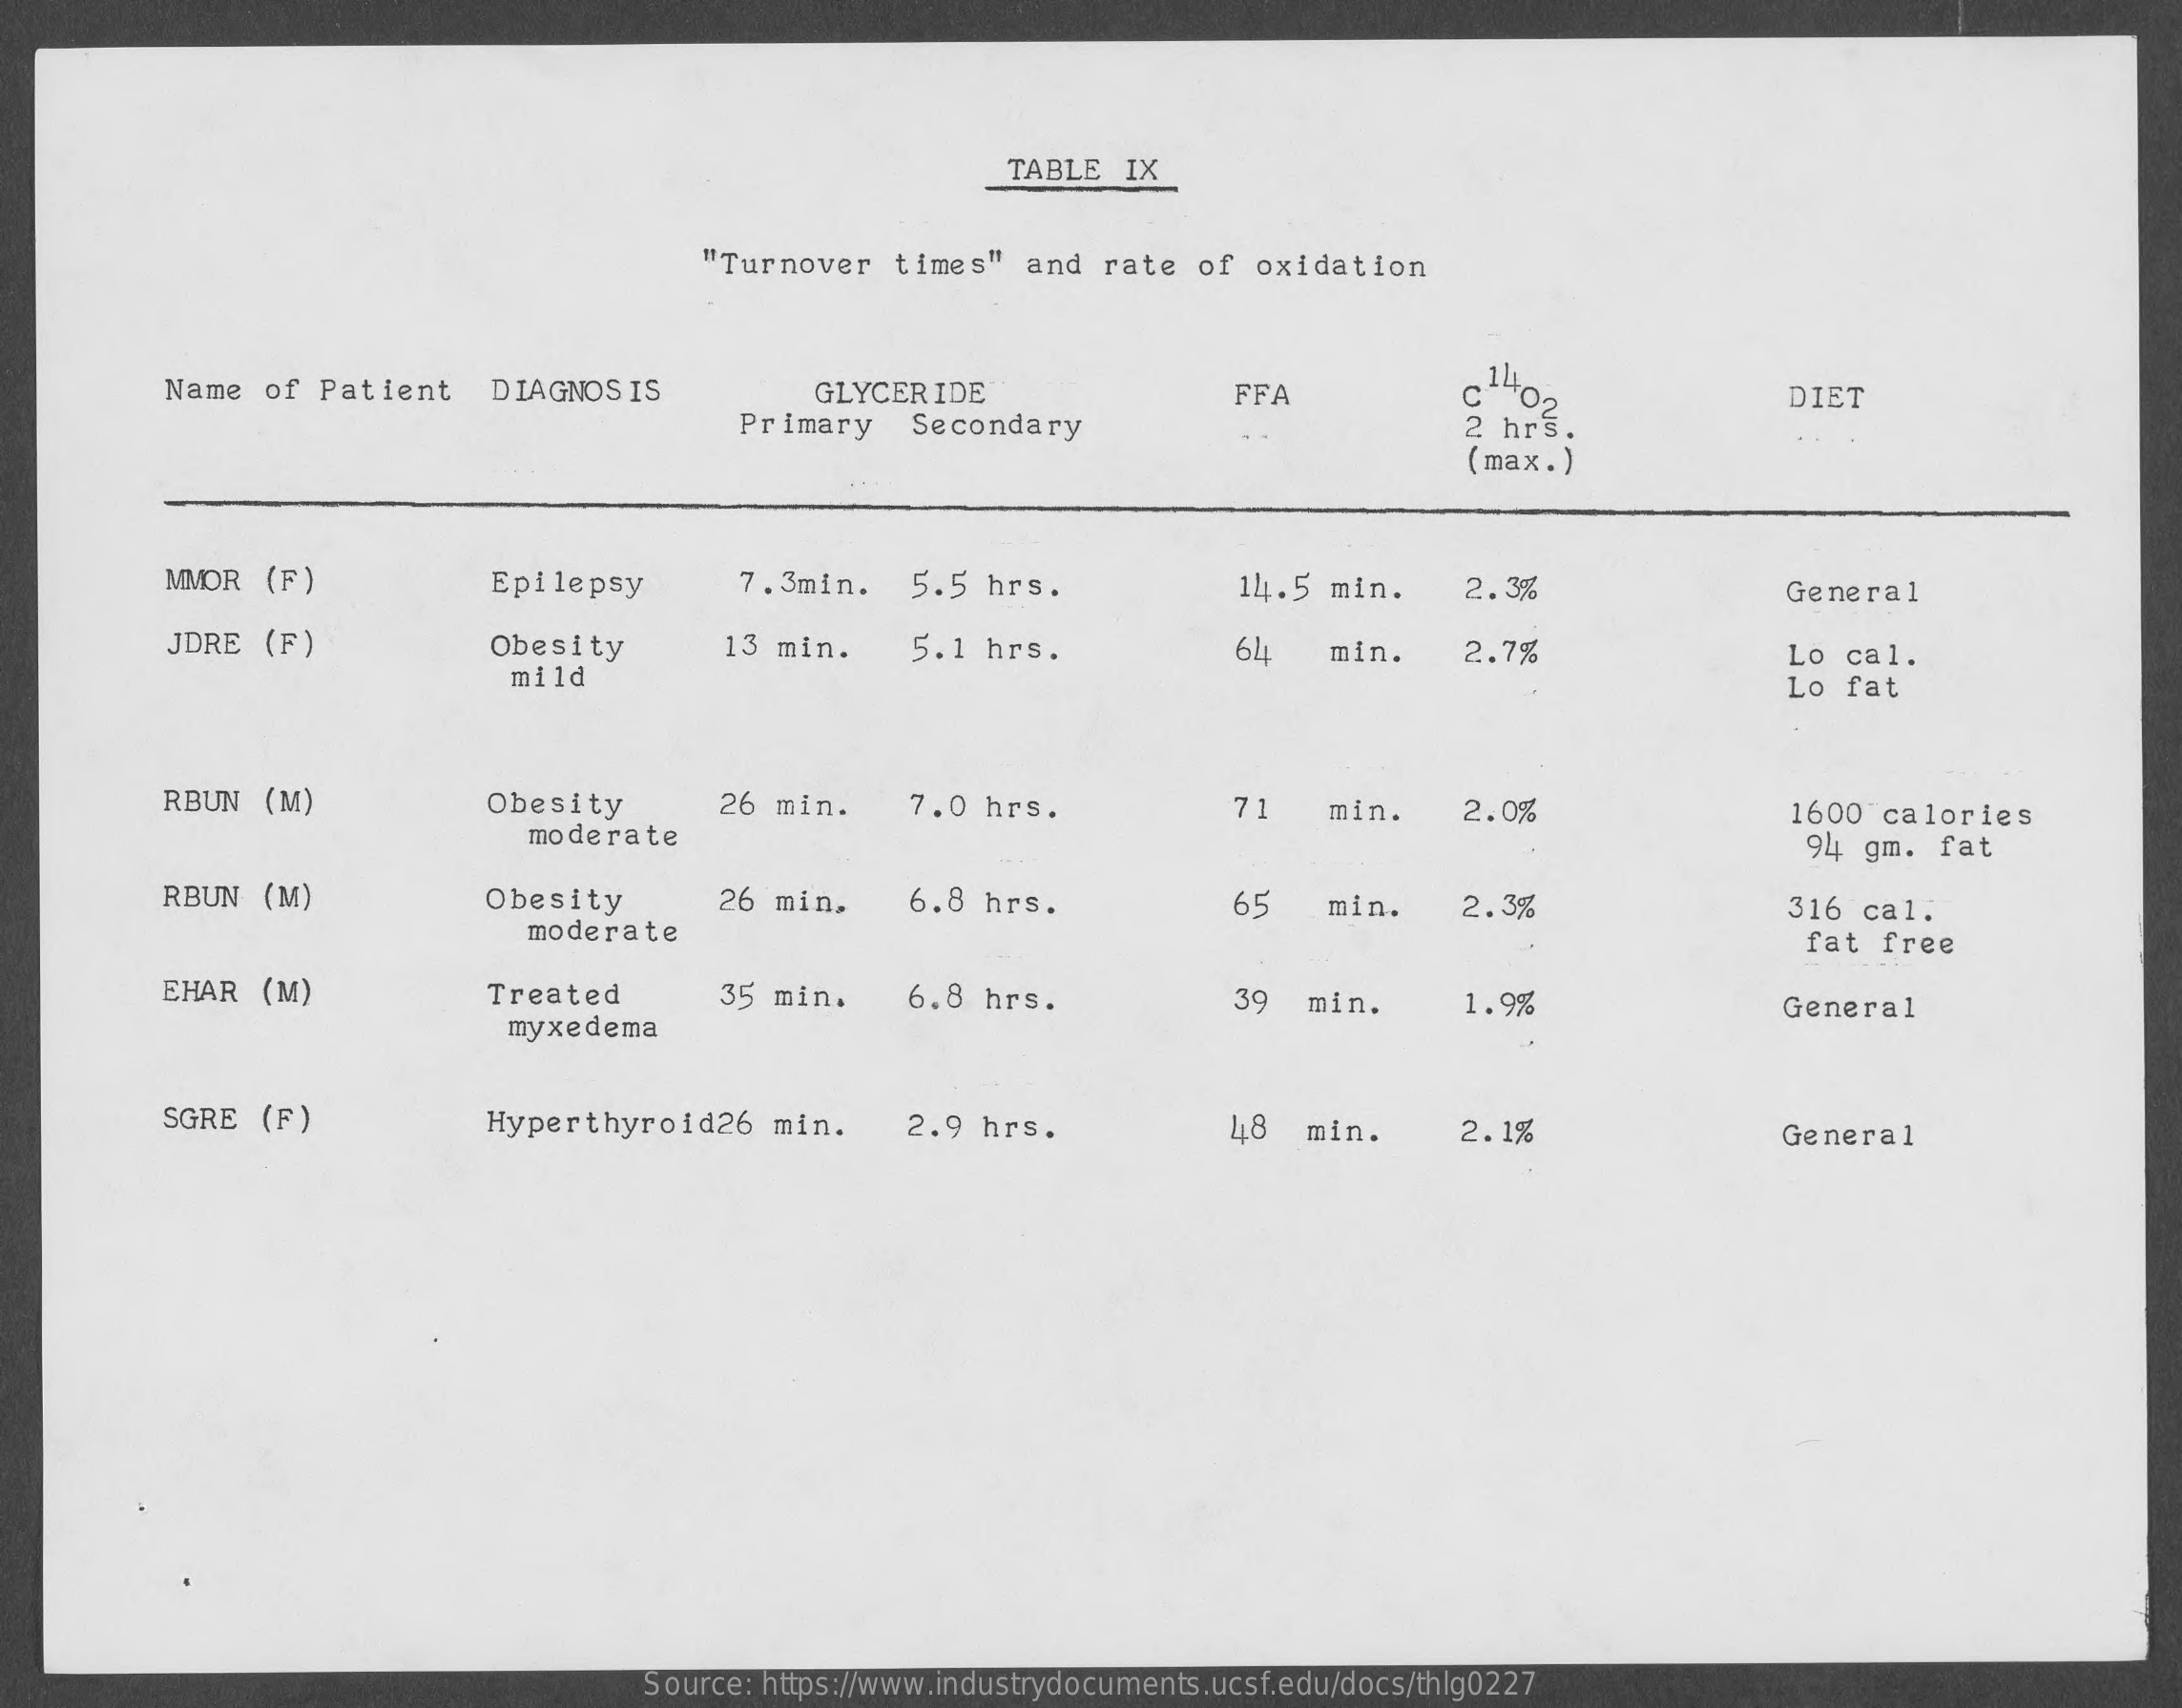
TABLE  IX
     "Turnover   times"   and  rate  of  oxidation
     Name  of  Patient    DIAGNOS  IS    GLYCERIDE    FFA
     14
     C 402
     Secondary    2 hrs.
     DIET
     Primary
     (max. )
     MMOR   (F)    Epilepsy    7.3min.    5.5 hrs.    14.5  min.    2.3%    General
     JDRE   (F)    Obesity    13 min.    5.1 hrs.    64    min.    2.7%    Lo cal.
     mild    Lo  fat
     RBUN   (M)    Obesity    26 min.    7.0  hrs.    71    min.    2.0%    1600  calories
     moderate    94 gm.  fat
     RBUN  (M)    Obesity    26 min,    6.8  hrs.    65    min.    2.3%    316 cal.
     moderate    fat free
     EHAR  (M)    Treated    35 min.    6.8  hrs.    39   min.    1.9%    General
     myxedema
     SGRE  (F)    Hyperthyroid26    min.    2.9  hrs.    48  min.    2.1%    General
     Source: https://www.industrydocuments.ucsf.edu/docs/thlg0227